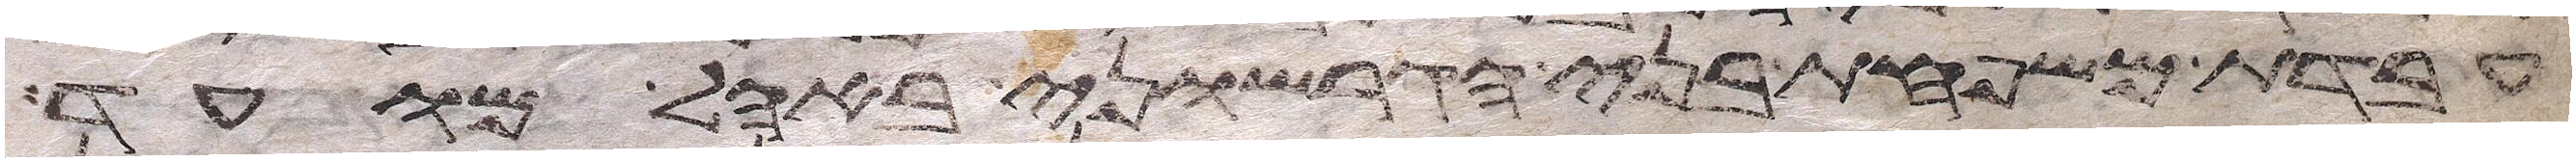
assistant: עבדת משפחת בני הגרשוני באהל מועד